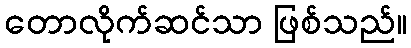
တောလိုက်ဆင်သာ ဖြစ်သည်။